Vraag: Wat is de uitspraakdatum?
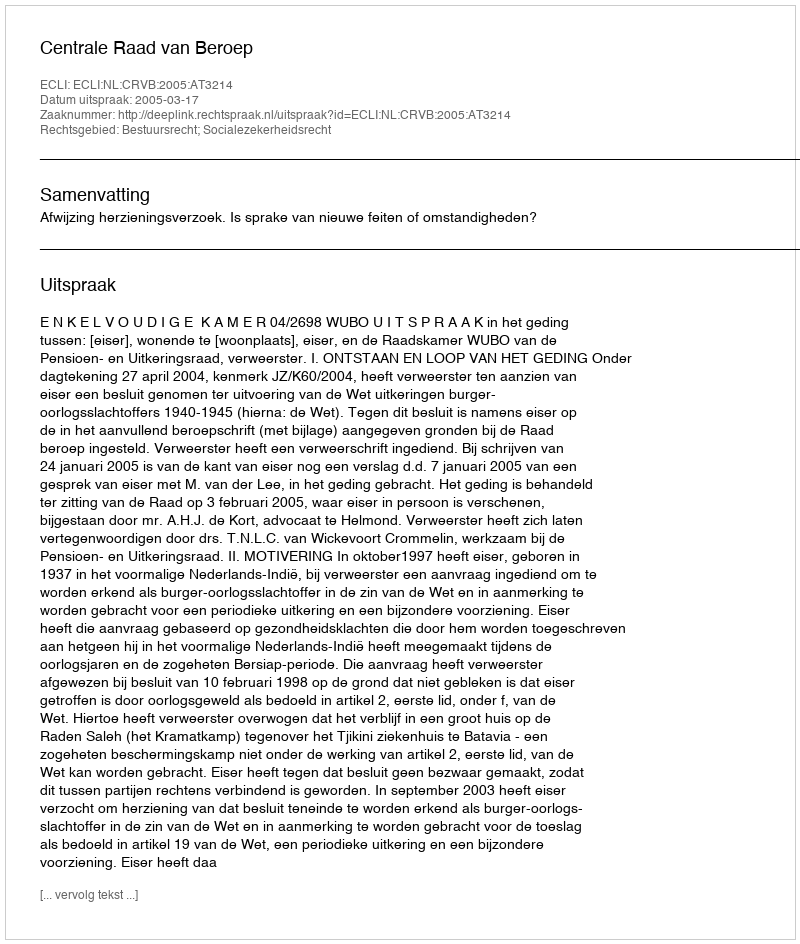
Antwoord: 2005-03-17